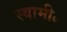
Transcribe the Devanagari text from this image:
स्वामी॰